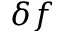
\delta f